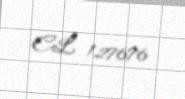
CL 127676